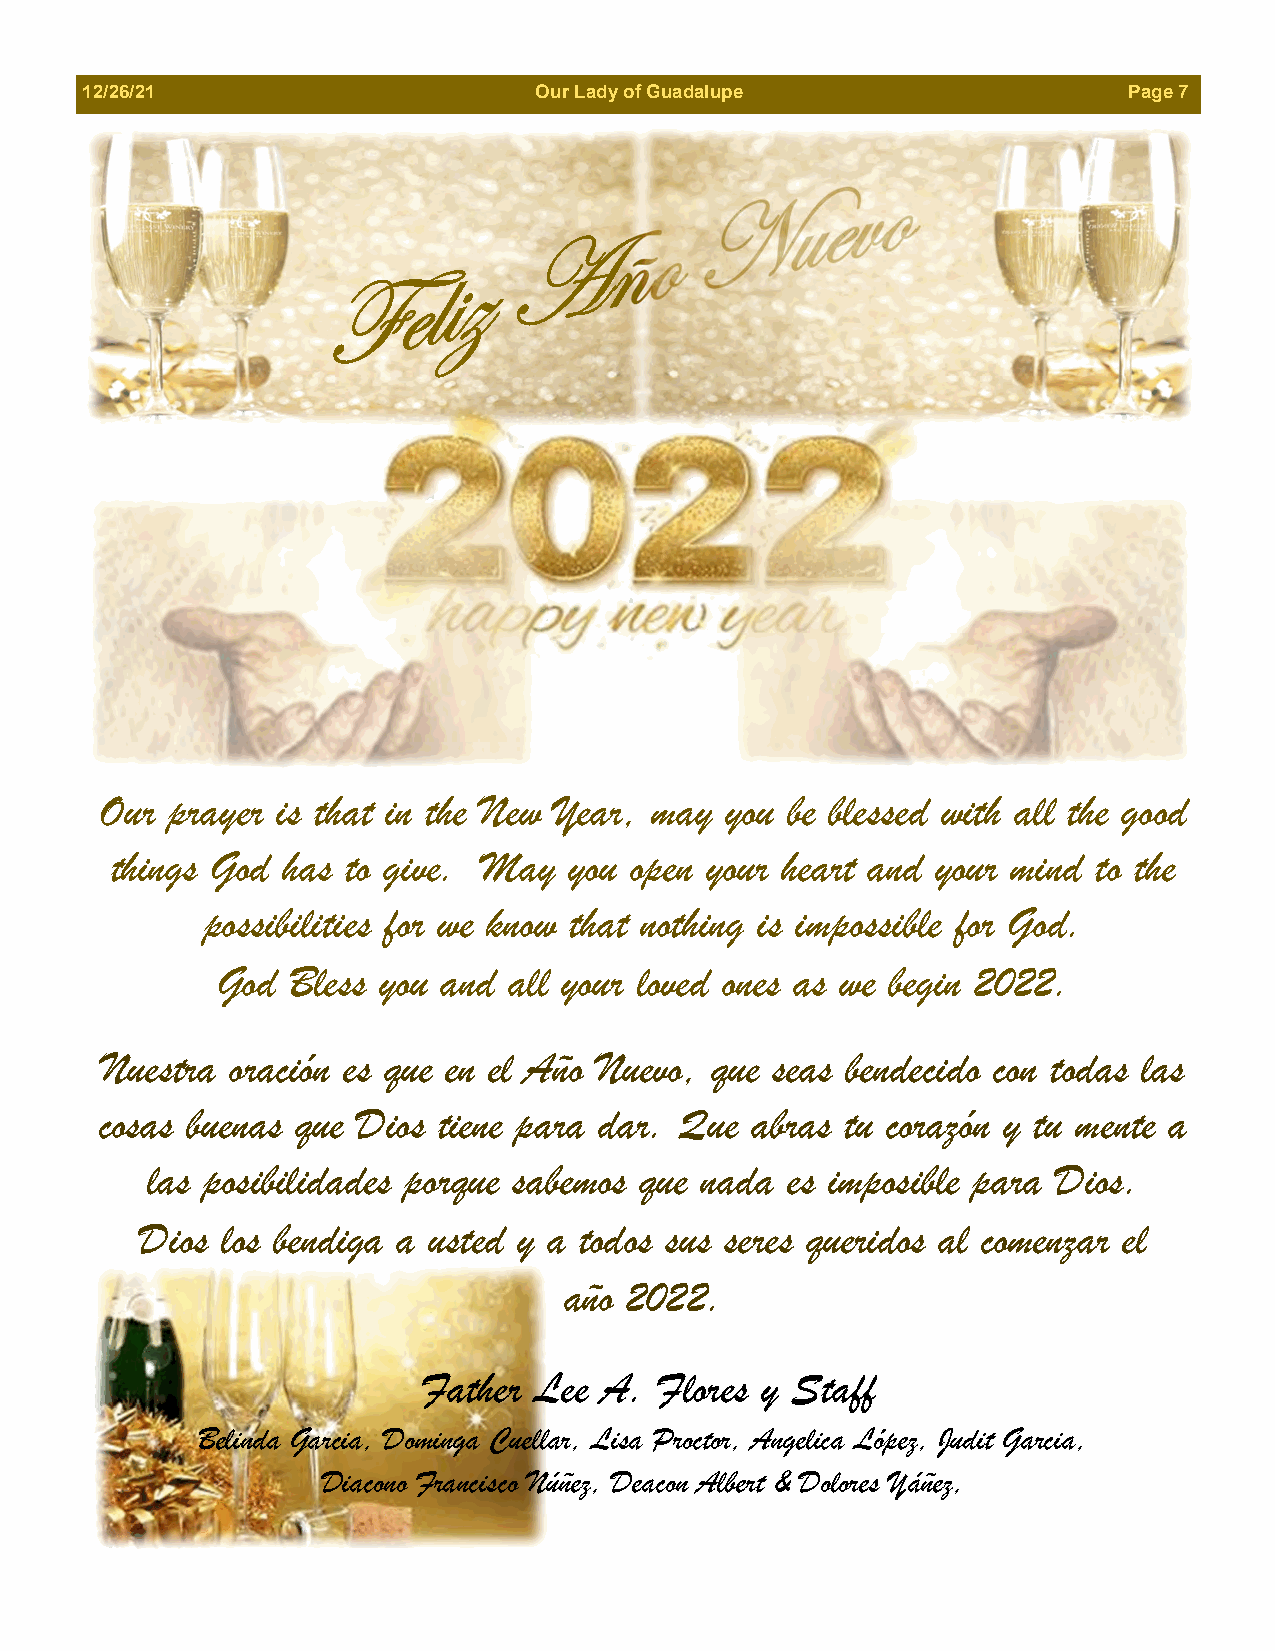
12/26/21                      Our Lady of Guadalupe                   Page 7
 Our prayer is that in the New Year, may  you be blessed with all the good
 things God  has to give. May   you open your heart and your mind  to the
 possibilities for we know that nothing is impossible for God.
 God  Bless you and  all your loved ones as we begin 2022.
 Nuestra oración es que en el Año Nuevo, que seas bendecido con todas las
 cosas buenas que Dios tiene para dar. Que  abras tu corazón y tu mente a
 las posibilidades porque sabemos que nada es imposible para Dios.
 Dios  los bendiga a usted y a todos sus seres queridos al comenzar el
 año 2022.
 Father Lee  A. Flores y Staff
 Belinda Garcia, Dominga Cuellar, Lisa Proctor, Angelica López, Judit Garcia,
 Diacono Francisco Núñez, Deacon Albert & Dolores Yáñez,